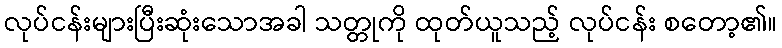
လုပ်ငန်းများပြီးဆုံးသောအခါ သတ္တုကို ထုတ်ယူသည့် လုပ်ငန်း စတော့၏။